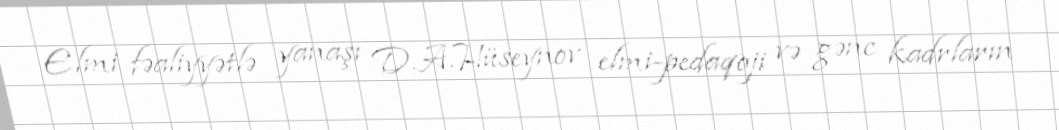
Elmi fəaliyyətlə yanaşı D.A.Hüseynov elmi-pedaqoji və gənc kadrların